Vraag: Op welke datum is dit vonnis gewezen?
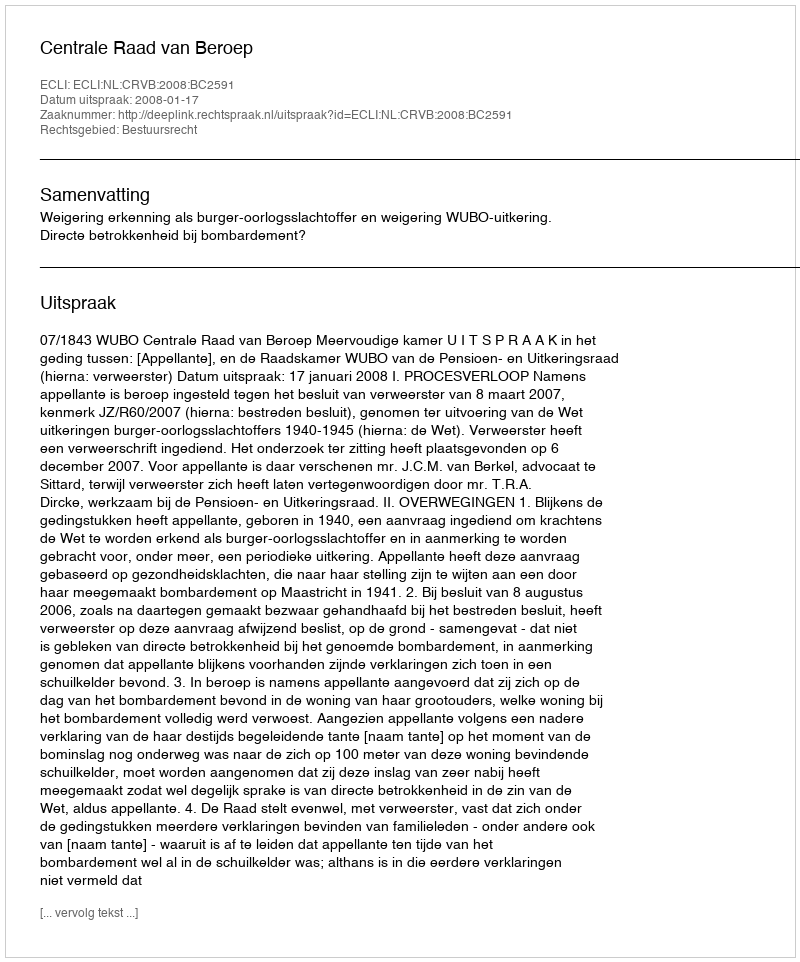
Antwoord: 2008-01-17